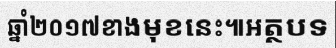
ឆ្នាំ២០១៧ខាងមុខនេះ៕អត្ថបទ